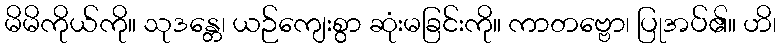
မိမိကိုယ်ကို။ သုဒန္တေ၊ ယဉ်ကျေးစွာ ဆုံးမခြင်းကို။ ကာတဗ္ဗော၊ ပြုအပ်၏။ ဟိ၊